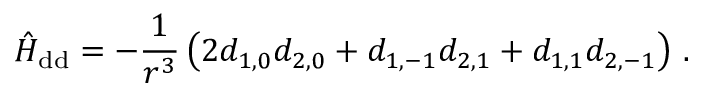
\hat { H } _ { \mathrm { d d } } = - \frac { 1 } { r ^ { 3 } } \left( 2 d _ { 1 , 0 } d _ { 2 , 0 } + d _ { 1 , - 1 } d _ { 2 , 1 } + d _ { 1 , 1 } d _ { 2 , - 1 } \right) \, .